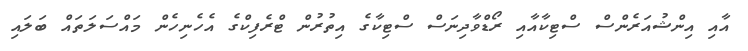
އާއި އިންޝުއަރެންސް ސްޓިކާއާއި ރޯޑްވާދިނަސް ސްޓިކާގެ އިތުރުން ޓްރެފިކްގެ އެހެނިހެން މައްސަލަތައް ބަލައި